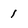
Character: 1